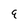
Character: 9